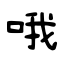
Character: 哦